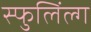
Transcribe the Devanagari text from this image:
स्फुलिंल्ग